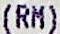
(RM)